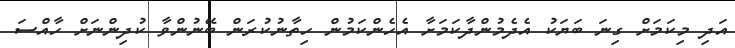
އަދި މިކަމަށް ގިނަ ބަޔަކު އެދެމުންދާކަމަށާ އެހެންކަމުން ހިތާނުކުރަން ބޭނުންވާ ކުދިންނަށް ހާއްސަ